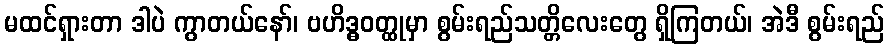
မထင်ရှားတာ ဒါပဲ ကွာတယ်နော်၊ ဗဟိဒ္ဓဝတ္ထုမှာ စွမ်းရည်သတ္တိလေးတွေ ရှိကြတယ်၊ အဲဒီ စွမ်းရည်